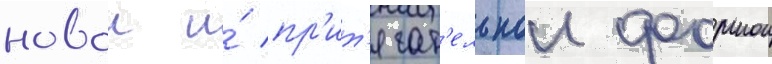
новои и́ пр'ит'ягат'ельнои формои